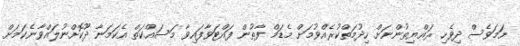
ނަމަވެސް ދިވެހި ރައްޔިތުންނަށް ހިދުމަތްކުރެއްވުމަށް މެޑަމް ފާތުން ފައްޓަވާފައިވާ މަސައްކަތް އެކަމަނާ ދޫކޮށްނުލައްވާނެކަމަށް